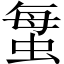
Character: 𱿦